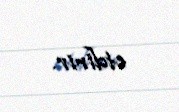
etdirir.